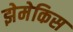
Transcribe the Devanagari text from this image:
झेमेकिस